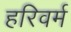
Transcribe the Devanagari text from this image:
हरिवर्म